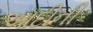
આદીની